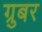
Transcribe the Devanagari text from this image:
ग्रुबर